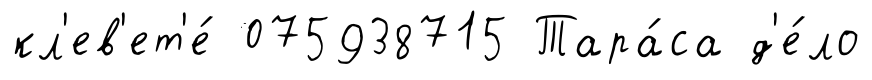
кл'ев'ет'е́ 075938715 Тара́са д'е́ло